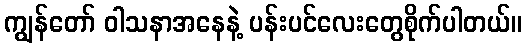
ကျွန်တော် ဝါသနာအနေနဲ့ ပန်းပင်လေးတွေစိုက်ပါတယ်။